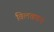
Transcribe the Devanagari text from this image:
विलवणन